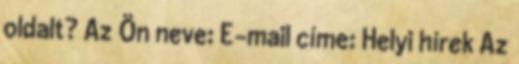
oldalt? Az Ön neve: E-mail címe: Helyi hírek Az